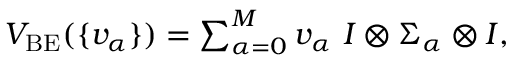
\begin{array} { r } { V _ { \mathrm { B E } } ( \{ v _ { \alpha } \} ) = \sum _ { \alpha = 0 } ^ { M } v _ { \alpha } ~ I \otimes \Sigma _ { \alpha } \otimes I , } \end{array}